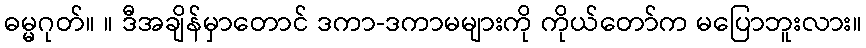
ဓမ္မဂုတ်။ ။ ဒီအချိန်မှာတောင် ဒကာ-ဒကာမများကို ကိုယ်တော်က မပြောဘူးလား။